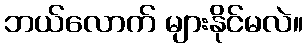
ဘယ်လောက် များနိုင်မလဲ။